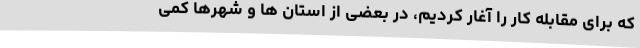
که برای مقابله کار را آغار کردیم، در بعضی از استان ها و شهرها کمی